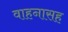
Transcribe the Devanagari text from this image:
वाहनासह